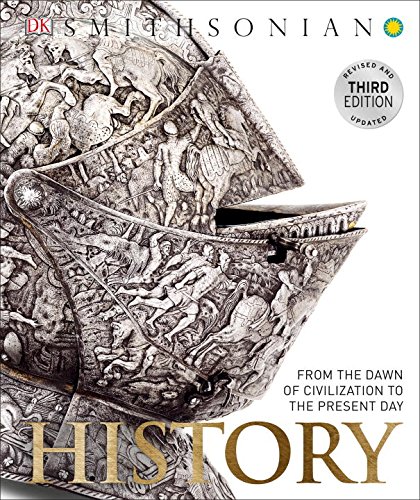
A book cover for History: From the Dawn of Civilization to the Present Day; Adam Hart-Davis; History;